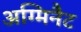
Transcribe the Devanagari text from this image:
अग्मिनैट